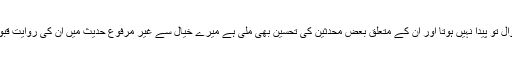
ان کی عدالت پر سوال اٹھانے کا سوال تو پیدا نہیں ہوتا اور ان کے متعلق بعض محدثین کی تحسین بھی ملی ہے میرے خیال سے غیر مرفوع حدیث میں ان کی روایت قبول کرنے میں کوئی حرج نہیں ہے۔